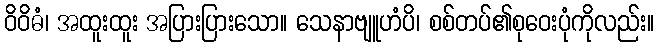
ဝိဝိဓံ၊ အထူးထူး အပြားပြားသော။ သေနာဗျူဟံပိ၊ စစ်တပ်၏စုဝေးပုံကိုလည်း။